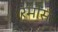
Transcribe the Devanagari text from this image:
रमोंस